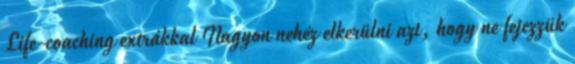
Life-coaching extrákkal Nagyon nehéz elkerülni azt, hogy ne fejezzük